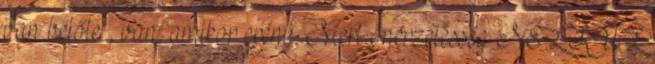
van belőle , van, amikor erény. Mert önérzetesség NÉLKÜL